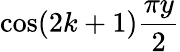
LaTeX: \cos(2k+1){\frac{\pi y}{2}}